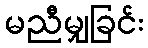
မညီမျှခြင်း